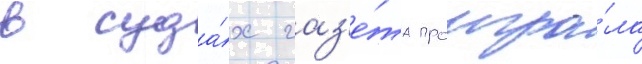
в суда́х газ'е́та проигра́ла